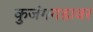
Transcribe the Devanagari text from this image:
कुजंगगडावर